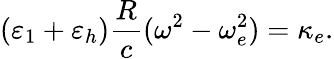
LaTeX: (\varepsilon_{1}+\varepsilon_{h})\frac{R}{c}(\omega^{2}-\omega_{e}^{2})=\kappa_{e}.